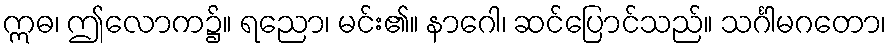
ဣဓ၊ ဤလောက၌။ ရညော၊ မင်း၏။ နာဂေါ၊ ဆင်ပြောင်သည်။ သင်္ဂါမဂတော၊